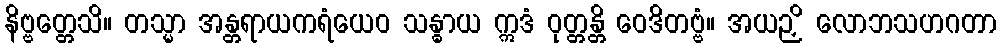
နိဗ္ဗတ္တေသိ။ တသ္မာ အန္တရာယကရံယေဝ သန္ဓာယ ဣဒံ ဝုတ္တန္တိ ဝေဒိတဗ္ဗံ။ အယဉှိ လောဘသဟဂတာ